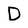
Character: D